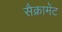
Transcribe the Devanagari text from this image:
सैक्रामेंट